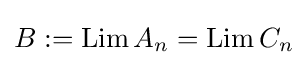
B:=\mathop {\mathrm {Lim} } A_{n}=\mathop {\mathrm {Lim} } C_{n}